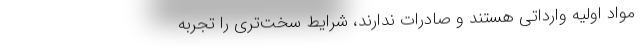
مواد اولیه وارداتی هستند و صادرات ندارند، شرایط سخت‌تری را تجربه